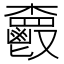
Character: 𩰦